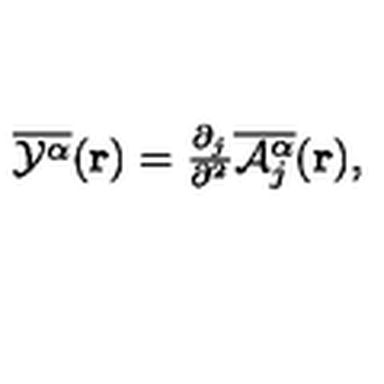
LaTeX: \overline { { { \cal Y } ^ { \alpha } } } ( { \bf r } ) = { \textstyle \frac { \partial _ { j } } { \partial ^ { 2 } } \overline { { { \cal A } _ { j } ^ { \alpha } } } ( { \bf r } ) } ,